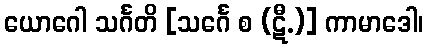
ယောဂေါ သင်္ဂတိ [သင်္ဂေ စ (ဋီ.)] ကာမာဒေါ၊